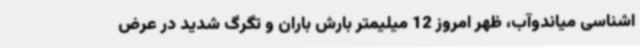
اشناسی میاندوآب، ظهر امروز 12 میلیمتر بارش باران و تگرگ شدید در عرض